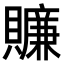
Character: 𧸖